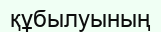
құбылуының